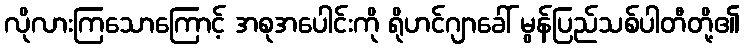
လိုလားကြသောကြောင့် အစုအပေါင်းကို ရိုဟင်ဂျာခေါ် မွန်ပြည်သစ်ပါတီတို့၏